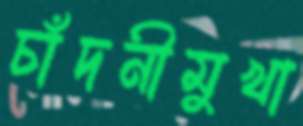
চাঁদনীমুখা